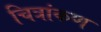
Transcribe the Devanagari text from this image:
चित्रांकण